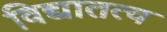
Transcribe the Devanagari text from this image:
विद्यातत्व